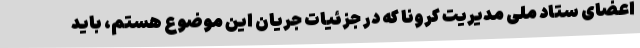
اعضای ستاد ملی مدیریت کرونا که در جزئیات جریان این موضوع هستم، باید